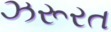
ઝરૂરત